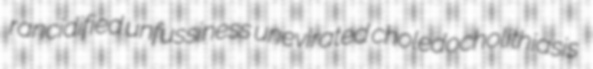
rancidified unfussiness unevirated choledocholithiasis